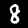
Label: 8